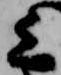
上